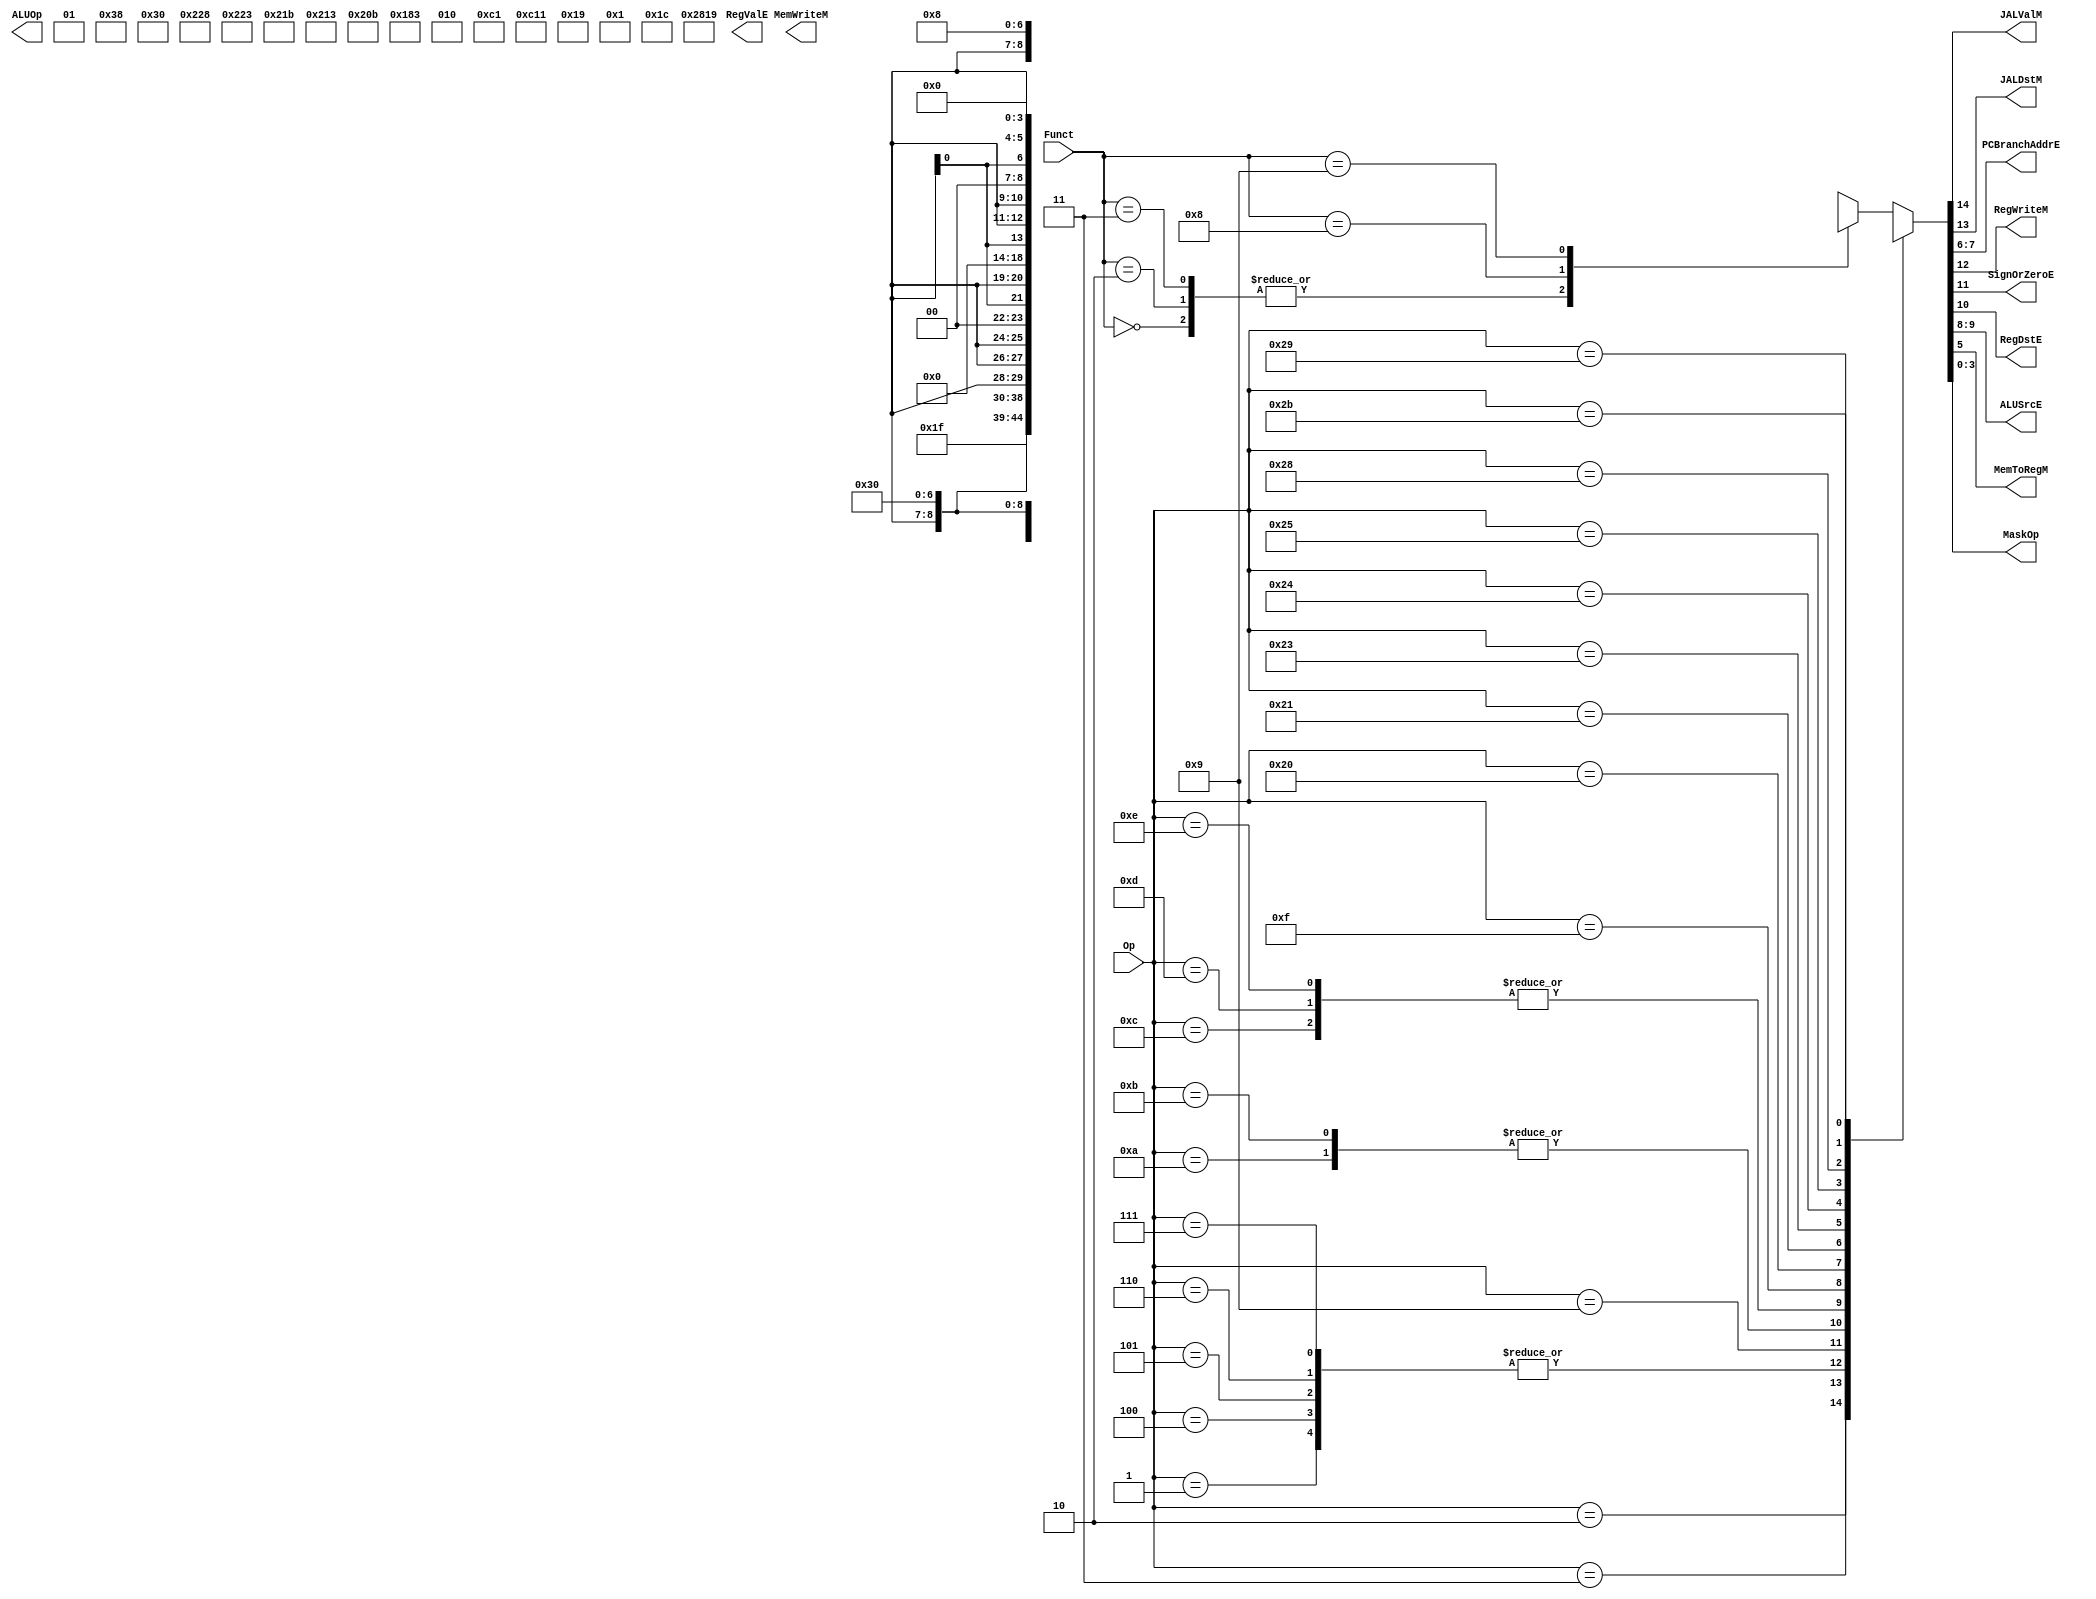
module maindec(	input [5:0] Op,
		input [5:0] 	Funct,
		output		JALValM, JALDstM, 
		output [1:0]	PCBranchAddrE,
		output		RegWriteM, 
		output		SignOrZeroE,
		output		RegDstE, RegValE,
		output [1:0]	ALUSrcE, 
		output		MemWriteM,
		output		MemToRegM,
		output [1:0]	ALUOp,
		output [3:0]	MaskOp);

reg [15:0] controls;


//We don't need a jumpE field because the datapath calculates jumpE by itself. See for yourself. I took it out of the maindec, controller, and mips. 

assign {JALValM, JALDstM, RegWriteM, 
	SignOrZeroE, RegDstE, ALUSrcE,
	PCBranchAddrE, MemToRegM, 
	ALUop, MaskOp} = controls;

//assume SignOrZeroE == 0 is zero-extend


always @ (*)
	case(Op) 
		6'b000001: controls <= 16'bXXX1X00010100000; //BLTZ,BGEZ
		6'b000010: controls <= 16'bXXXXXXX11XXX0000; //J
		6'b000011: controls <= 16'b11XXXXX11XXX0000; //JAL
		6'b000100: controls <= 16'bXXX1X00010100000; //BEQ
		6'b000101: controls <= 16'bXXX1X00010100000; //BNE
		6'b000110: controls <= 16'bXXX1X00010100000; //BLEZ
		6'b000111: controls <= 16'bXXX1X00010100000; //BGTZ
		6'b001001: controls <= 16'b0011001XX0000000; //ADDIU
		6'b001010: controls <= 16'b0011001XX0110000; //SLTI
		6'b001011: controls <= 16'b0011001XX0110000; //SLTIU
		6'b001100: controls <= 16'b0010001XX0110000; //ANDI
		6'b001101: controls <= 16'b0010001XX0110000; //ORI
		6'b001110: controls <= 16'b0010001XX0110000; //XORI
		6'b001111: controls <= 16'b001X010XX0110000; //LUI
		6'b100000: controls <= 16'b0011X01XX1000001; //LB
		6'b100001: controls <= 16'b0011X01XX1000010; //LH
		6'b100011: controls <= 16'b0011X01XX1000011; //LW
		6'b100100: controls <= 16'b0011X01XX1000100; //LBU
		6'b100101: controls <= 16'b0011X01XX1000101; //LHU
		6'b101000: controls <= 16'b0000X01XX0000110; //SB
		6'b101001: controls <= 16'b0000X01XX0000111; //SH
		6'b101011: controls <= 16'b0000X01XX0001000; //SW
		default:   case(Funct) 
			6'b000000: controls <= 16'b0011111XX0110000; //SLL
			6'b000010: controls <= 16'b0011111XX0110000; //SRL
			6'b000011: controls <= 16'b0011111XX0110000; //SRA
			6'b001000: controls <= 16'bXXXXXXX00XXX0000; //JR
			6'b001001: controls <= 16'b10XXXXX00XXX0000; //JALR
			default:   controls <= 16'b0011100XX0110000; //All Other R-type
		endcase
	endcase
endmodule